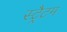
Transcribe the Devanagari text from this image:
स्ट्रैटम